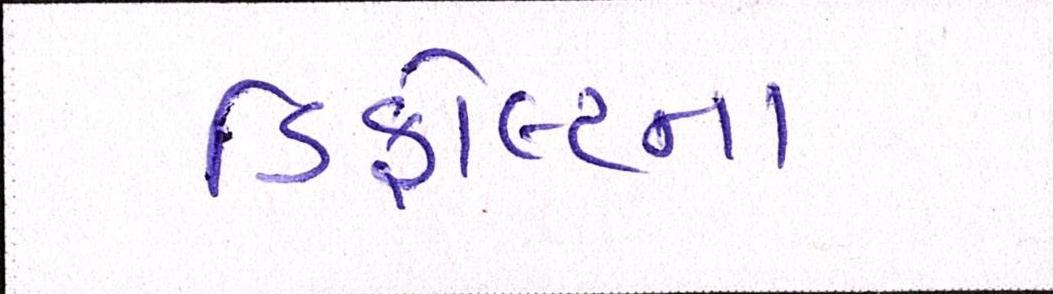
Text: ડિફોલ્ટના